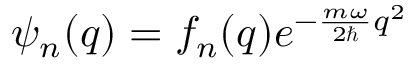
\psi _ { n } ( q ) = f _ { n } ( q ) e ^ { - \frac { m \omega } { 2 \hbar } q ^ { 2 } }